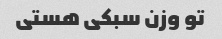
تو وزن سبکی هستی